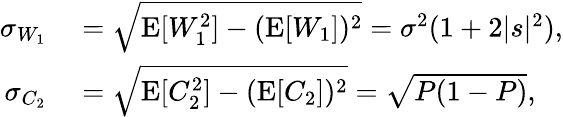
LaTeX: \begin{array}{rl}{\sigma_{W_{1}}}&{{}=\sqrt{\operatorname{E}[W_{1}^{2}]-(\operatorname{E}[W_{1}])^{2}}=\sigma^{2}(1+2|s|^{2}),}\\ {\sigma_{C_{2}}}&{{}=\sqrt{\operatorname{E}[C_{2}^{2}]-(\operatorname{E}[C_{2}])^{2}}=\sqrt{P(1-P)},}\end{array}